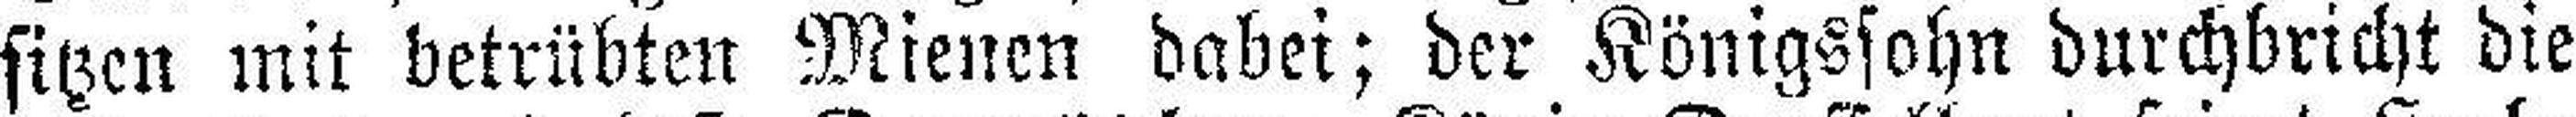
sitzen mit betrübten Mienen dabei; der Königssohn durchbricht die